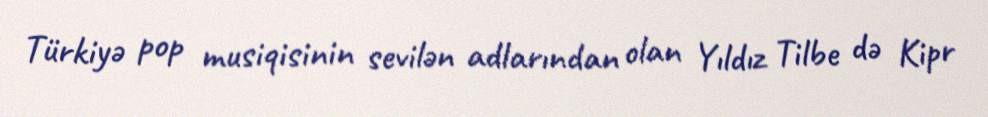
Türkiyə pop musiqisinin sevilən adlarından olan Yıldız Tilbe də Kipr